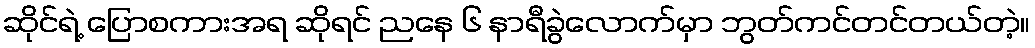
ဆိုင်ရဲ့ ပြောစကားအရ ဆိုရင် ညနေ ၆ နာရီခွဲလောက်မှာ ဘွတ်ကင်တင်တယ်တဲ့။